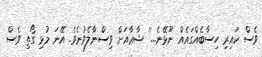
ވެސް ކައިރި ހިސާބެއްގައެއް ނޫޅޭނެ...'' ޝާޢާއަށް ވިސްނާލެވުނެވެ. އޭނަ މުޅި ގޯތި ވެސް